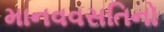
માનવવસતિનો